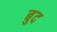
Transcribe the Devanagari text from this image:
बुद